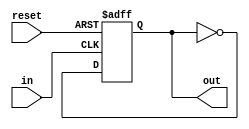
`timescale 1ns/1ns

// Divide by 2
// Copyright 2010 University of Washington
// License: http://creativecommons.org/licenses/by/3.0/
// 2008 Dan Yeager

module divby2 (in, reset, out);
output out;
input in, reset;

reg out;

always @ (posedge in or posedge reset) begin
  if (reset) begin
    out <= 0;
  end else begin
    out <= ~out;
  end
end

endmodule